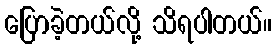
ပြောခဲ့တယ်လို့ သိရပါတယ်။